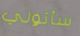
سأتولي